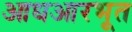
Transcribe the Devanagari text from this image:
आधआरभूत